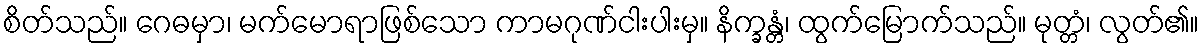
စိတ်သည်။ ဂေဓမှာ၊ မက်မောရာဖြစ်သော ကာမဂုဏ်ငါးပါးမှ။ နိက္ခန္တံ၊ ထွက်မြောက်သည်။ မုတ္တံ၊ လွတ်၏။